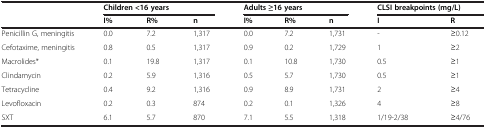
<table><thead><tr><td></td><td colspan="3"><b>Children &lt;16 years</b></td><td colspan="3"><b>Adults ≥16 years</b></td><td colspan="2"><b>CLSI breakpoints (mg/L)</b></td></tr><tr><td></td><td><b>I%</b></td><td><b>R%</b></td><td><b>n</b></td><td><b>I%</b></td><td><b>R%</b></td><td><b>n</b></td><td><b>I</b></td><td><b>R</b></td></tr></thead><tbody><tr><td>Penicillin G, meningitis</td><td>0.0</td><td>7.2</td><td>1,317</td><td>0.0</td><td>7.2</td><td>1,731</td><td>-</td><td>≥0.12</td></tr><tr><td>Cefotaxime, meningitis</td><td>0.8</td><td>0.5</td><td>1,317</td><td>0.9</td><td>0.2</td><td>1,729</td><td>1</td><td>≥2</td></tr><tr><td>Macrolides*</td><td>0.1</td><td>19.8</td><td>1,317</td><td>0.1</td><td>10.8</td><td>1,730</td><td>0.5</td><td>≥1</td></tr><tr><td>Clindamycin</td><td>0.2</td><td>5.9</td><td>1,316</td><td>0.5</td><td>5.7</td><td>1,730</td><td>0.5</td><td>≥1</td></tr><tr><td>Tetracycline</td><td>0.4</td><td>9.2</td><td>1,316</td><td>0.9</td><td>8.9</td><td>1,731</td><td>2</td><td>≥4</td></tr><tr><td>Levofloxacin</td><td>0.2</td><td>0.3</td><td>874</td><td>0.2</td><td>0.1</td><td>1,326</td><td>4</td><td>≥8</td></tr><tr><td>SXT</td><td>6.1</td><td>5.7</td><td>870</td><td>7.1</td><td>5.5</td><td>1,318</td><td>1/19-2/38</td><td>≥4/76</td></tr></tbody></table>